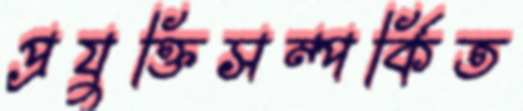
প্রযুক্তিসম্পর্কিত